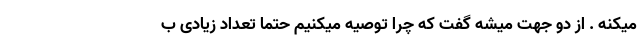
میکنه . از دو جهت میشه گفت که چرا توصیه میکنیم حتما تعداد زیادی ب